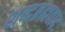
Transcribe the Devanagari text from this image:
शब्दब्रह्मवाद